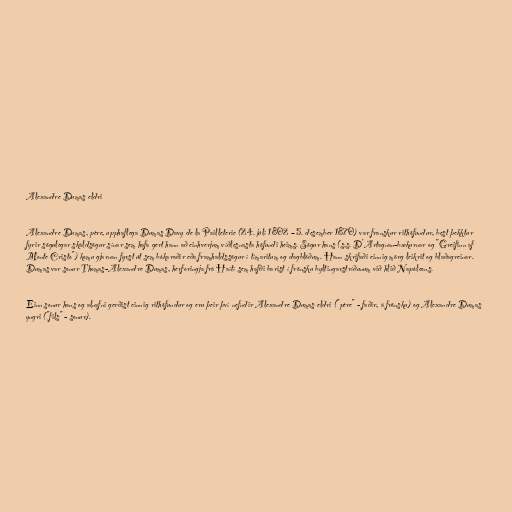
Alexandre Dumas eldri

Alexandre Dumas, père, upphaflega Dumas Davy de la Pailleterie (24. júlí 1802 – 5. desember 1870) var franskur rithöfundur, best þekktur
fyrir sögulegar skáldsögur sínar sem hafa gert hann að einhverjum víðlesnasta höfundi heims. Sögur hans (s.s. D'Artagnan-bækurnar og "Greifinn af
Monte Cristo") komu gjarnan fyrst út sem bókaraðir eða framhaldssögur í tímaritum og dagblöðum. Hann skrifaði einnig mörg leikrit og blaðagreinar.
Dumas var sonur Thomas-Alexandre Dumas, herforingja frá Haítí sem hafði barist í frönsku byltingarstríðunum við hlið Napóleons.

Einn sonur hans og alnafni gerðist einnig rithöfundur og eru þeir því nefndir Alexandre Dumas eldri ("père" - faðir, á frönsku) og Alexandre Dumas
yngri ("fils" - sonur).